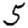
Digit: 5